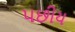
પછીય